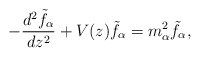
\begin{align*}-{{d^2\tilde{f}_{\alpha}}\over{dz^2}}+V(z)\tilde{f}_{\alpha}=m^2_{\alpha}\tilde{f}_{\alpha},\end{align*}